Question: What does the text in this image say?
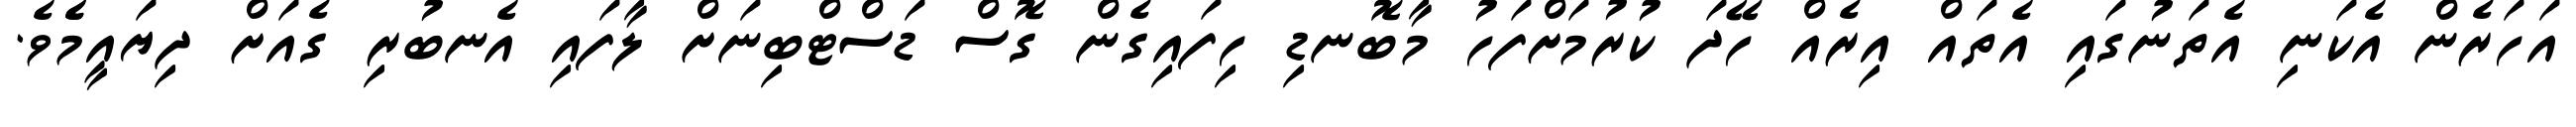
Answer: އަހަރެން އެކަނި އެތަނުގައި އެތައް އިރެއް ހޭދަ ކުރުމަށްފަހު މާބޮނޑި ހިފައިގެން ގޮސް ޑަސްޓްބިނަށް ލާފައި އެނބުރި ގެއަށް ދިޔައީމެެވެ.